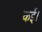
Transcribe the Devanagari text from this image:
कई।